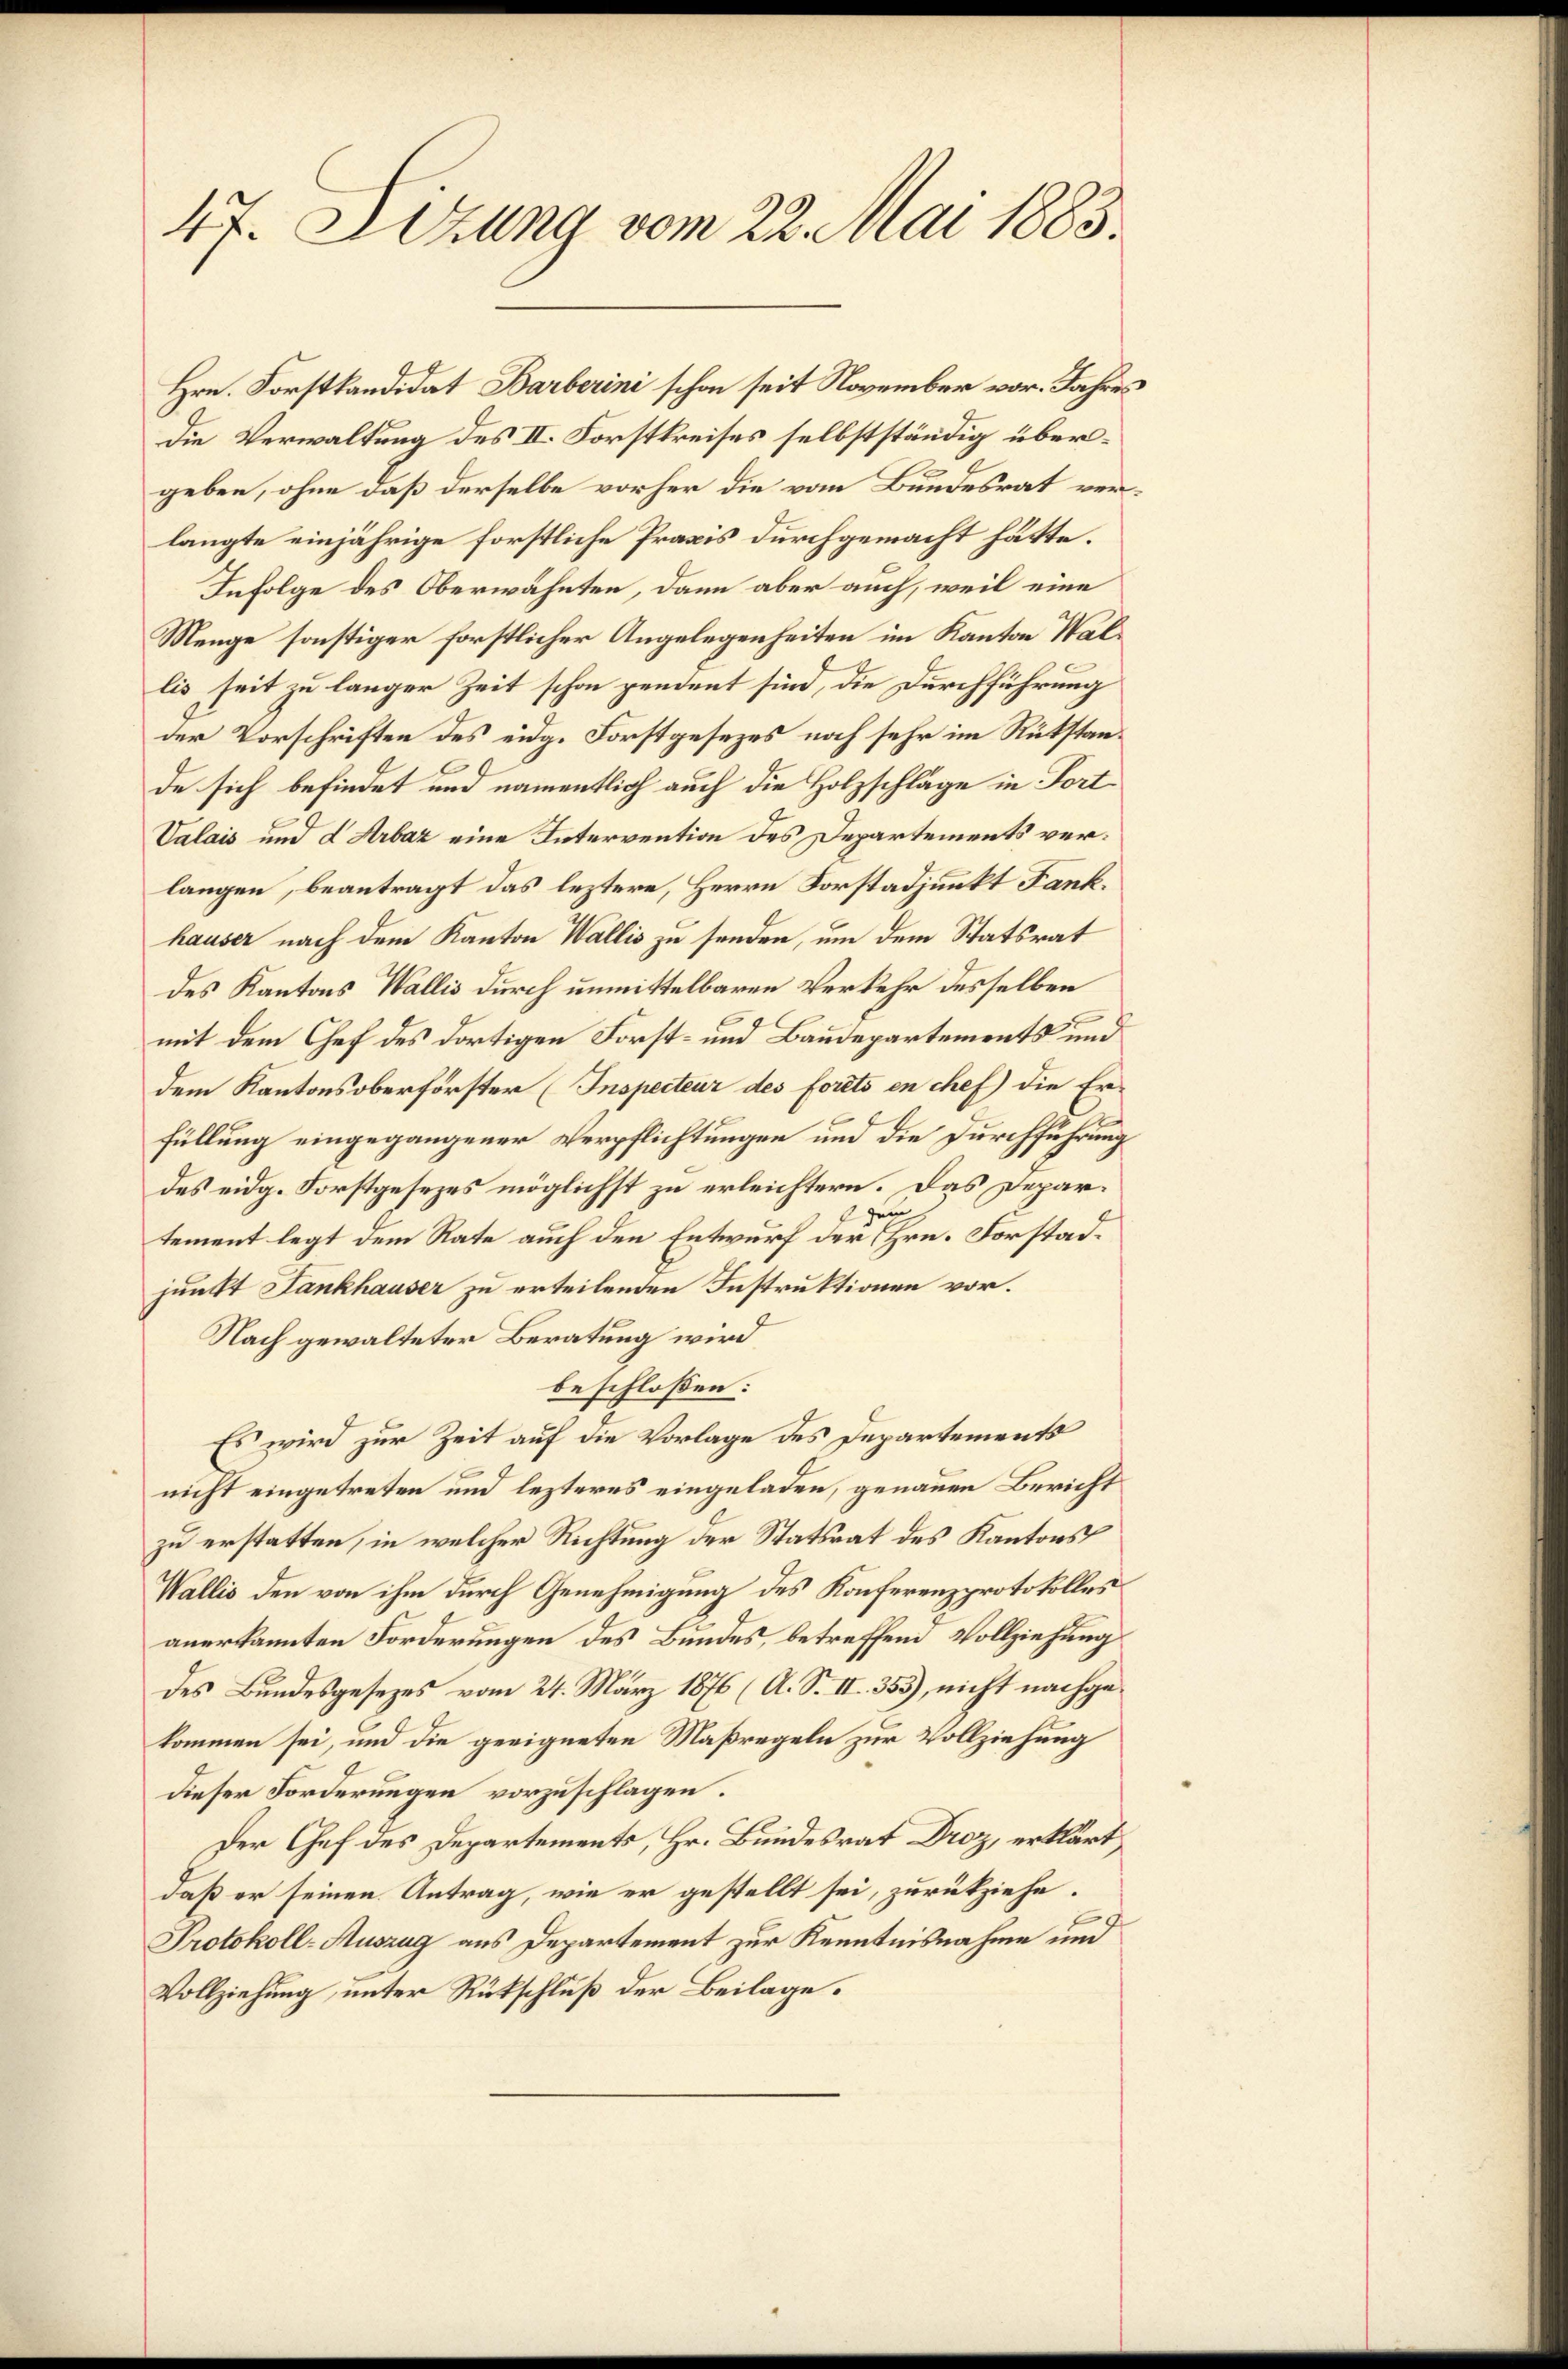
47. Sitzung vom 22. Mai 1883

Hrn. Forstkandidat Barberini schon seit November vor. Jahres
Die Verwaltung des II. Forstkreises selbstständig übergeben, ohne daß derselbe vorher die vom Bundesrat verlangte einjährige forstliche Praxis durchgemacht hätte.
Infolge des Oberwähnten, dann aber auch, weil eine
Menge sonstiger forstlicher Angelegenheiten im Kanton Wallis seit zu langer Zeit schon pendent sind, die Durchführung
der Vorschriften des eidg. Forstgesezes noch sehr im Rükstande sich befindet und namentlich auch die Holzschläge in Fort
Valais und L Arbaz eine Intervention des Departements verlangen, beantragt das leztere, Herrn Forstadjunkt Fank.
hauser nach dem Kanton Wallis zu senden, um dem Statsrat
des Kantons Wallis durch unmittelbaren Verkehr desselben
mit dem Chef des dortigen Forst- und Baudepartements und
dem Kantons oberförster (Inspecteur des forets en chef) die Erfüllung eingegangener Verpflichtungen und die Durchführung
des eidg. Forstgesezes möglichst zu erleichtern. Das Depargen
tement legt dem Rate auch den Entwurf der Hrn. Forstadjunkt Fankhauser zu erteilenden Instruktionen vor.
Nach gewalteter Beratung wird
beschloßen:
Es wird zur Zeit auf die Vorlage des Departements
nicht eingetreten und lezteres eingeladen, genauen Bericht
zu erstatten, in welcher Richtung der Statsrat des Kantons
Wallis den von ihm durch Genehmigung des Konferenzprotokolles
anerkannten Forderungen des Bundes, betreffend Vollziehung
des Bundesgesezes vom 24. März 1876 (A. S. II. 355), nicht nachgekommen sei, und die geeigneten Maßregeln zur Vollziehung
dieser Forderungen vorzuschlagen.
Der Chef des Departements, Hr. Bundesrat Droz, erklärt
daß er seinen Antrag, wie er gestellt sei, zurückziehe.
Protokoll-Auszug aus Departement zur Kenntnisnahme und
Vollziehung, unter Rückschluß der Beilage.